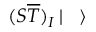
( { \cal { S } } { \overline { { \cal { T } } } } ) _ { I } \left| \rule { 0.3 cm } { 0 cm } \right>